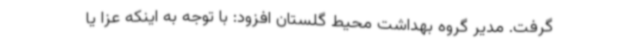
گرفت. مدیر گروه بهداشت محیط گلستان افزود: با توجه به اینکه عزا یا